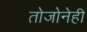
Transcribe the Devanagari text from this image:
तोजोनेही